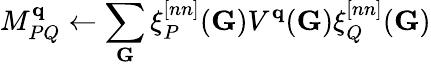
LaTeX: M_{PQ}^{\mathbf{q}}\leftarrow\sum_{\mathbf{G}}\xi_{P}^{[nn]}(\mathbf{G})V^{\mathbf{q}}(\mathbf{G})\xi_{Q}^{[nn]}(\mathbf{G})